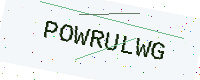
Text: POWRULWG